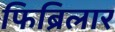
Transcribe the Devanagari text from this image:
फिब्रिलार